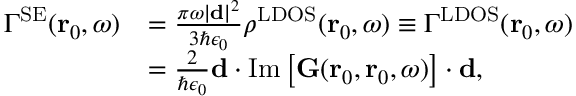
\begin{array} { r l } { \Gamma ^ { \mathrm { S E } } ( \mathbf { r } _ { 0 } , \omega ) } & { = \frac { \pi \omega \vert \mathbf { d } \vert ^ { 2 } } { 3 \hbar \epsilon _ { 0 } } \rho ^ { \mathrm { L D O S } } ( \mathbf { r } _ { 0 } , \omega ) \equiv \Gamma ^ { \mathrm { L D O S } } ( \mathbf { r } _ { 0 } , \omega ) } \\ & { = \frac { 2 } { \hbar \epsilon _ { 0 } } \mathbf { d } \cdot \mathrm { I m } \left[ { \mathbf { G } } ( \mathbf { r } _ { 0 } , \mathbf { r } _ { 0 } , \omega ) \right] \cdot \mathbf { d } , } \end{array}